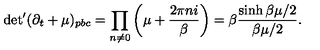
\mathrm { d e t } ^ { \prime } ( \partial _ { t } + \mu ) _ { p b c } = \prod _ { n \neq 0 } \left( \mu + \frac { 2 \pi n i } { \beta } \right) = \beta \frac { \sinh \beta \mu / 2 } { \beta \mu / 2 } .